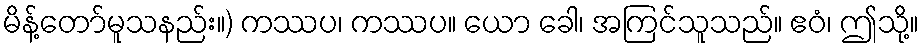
မိန့်တော်မူသနည်း။) ကဿပ၊ ကဿပ။ ယော ခေါ၊ အကြင်သူသည်။ ဧဝံ၊ ဤသို့။